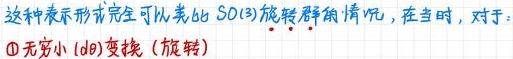
这种表示形式完全可以类比$SO(3)$旋转群的情况，在当时，对于：
\begin{enumerate}
\item 无穷小（$\mathrm{d}\theta$）变换（旋转）
\end{enumerate}